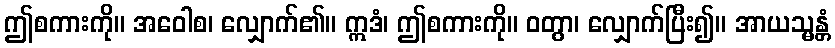
ဤစကားကို။ အဝေါစ၊ လျှောက်၏။ ဣဒံ၊ ဤစကားကို။ ဝတွာ၊ လျှောက်ပြီး၍။ အာယသ္မန္တံ